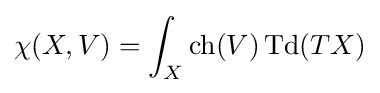
\chi (X,V)=\int _{X}\operatorname {ch} (V)\operatorname {Td} (TX)